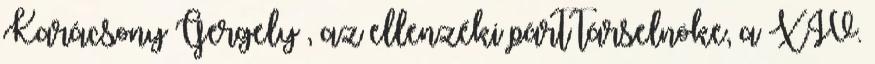
Karácsony Gergely , az ellenzéki párt társelnöke, a XIV.